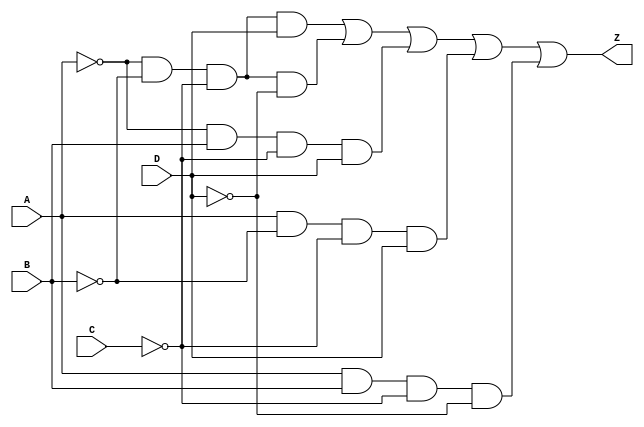
module PrimeImplicantLogic (
    input wire A,      // Input variable A
    input wire B,      // Input variable B
    input wire C,      // Input variable C
    input wire D,      // Input variable D
    output wire Z      // Output result
);

    // Prime implicants (example)
    wire P1; // A'B'C'D
    wire P2; // A'B'C'D'
    wire P3; // A'BC'D
    wire P4; // AB'C'D
    wire P5; // ABC'D'

    // Implementing the prime implicants
    assign P1 = ~A & ~B & ~C & D; // A'B'C'D
    assign P2 = ~A & ~B & ~C & ~D; // A'B'C'D'
    assign P3 = ~A & B & ~C & D; // A'BC'D
    assign P4 = A & ~B & ~C & D; // AB'C'D
    assign P5 = A & B & ~C & ~D; // ABC'D'

    // Combining essential prime implicants using logical OR
    assign Z = P1 | P2 | P3 | P4 | P5; // Final output Z

endmodule